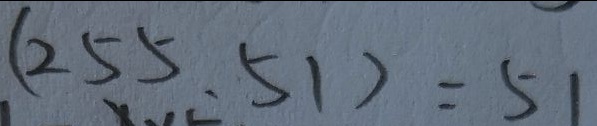
( 2 5 5 , 5 1 ) = 5 1